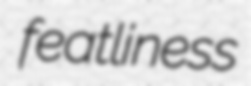
featliness